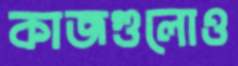
কাজগুলোও